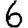
Digit: 6